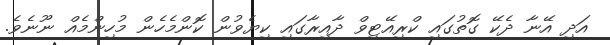
އަދި އޭނާ ދެކޭ ގޮތުގައި ކްރިއޭޓިވް ދާއިރާގައި ކިޔެވުން ކޮންމެހެން މުހިންމެއް ނޫނެވެ.